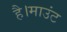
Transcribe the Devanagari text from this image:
है।माउंट